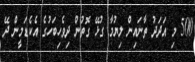
500 މި އަދަދު ތާނައިން ލިޔުމާ ގުޅޭ ގޮތުން ދިވެހިބަހުގެ އެކެޑަމީން ދޭ